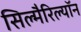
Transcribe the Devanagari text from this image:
सिल्मैरिल्यॉन